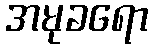
အမုခရော